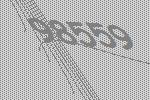
98559